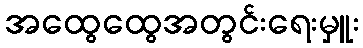
အထွေထွေအတွင်းရေးမှူး